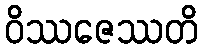
ဝိဿဇေဿတိ